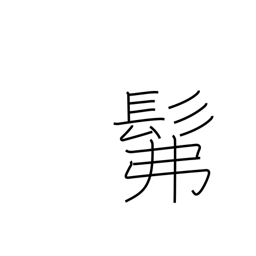
Meaning: dimly